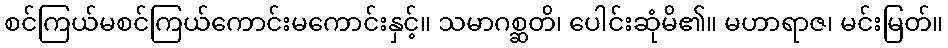
စင်ကြယ်မစင်ကြယ်ကောင်းမကောင်းနှင့်။ သမာဂစ္ဆတိ၊ ပေါင်းဆုံမိ၏။ မဟာရာဇ၊ မင်းမြတ်။